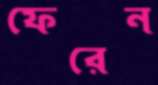
ফেরেন